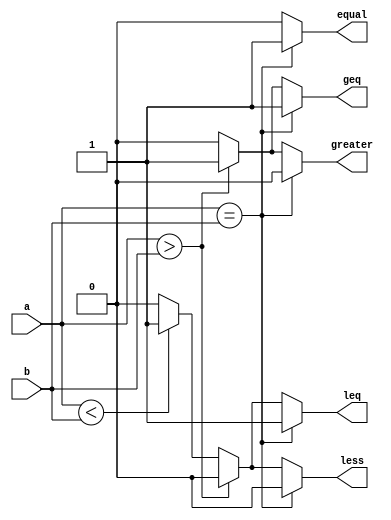
module ParameterizedComparator #(
    parameter WIDTH = 8 // Default bit-width
)(
    input  [WIDTH-1:0] a, // First input
    input  [WIDTH-1:0] b, // Second input
    output reg equal,      // Equality output
    output reg greater,    // Greater than output
    output reg less,       // Less than output
    output reg geq,        // Greater than or equal to output
    output reg leq         // Less than or equal to output
);

always @(*) begin
    // Initialize outputs
    equal = 0;
    greater = 0;
    less = 0;
    geq = 0;
    leq = 0;

    // Perform comparisons
    if (a == b) begin
        equal = 1;
        geq = 1; // Since a == b, it is also greater than or equal
        leq = 1; // Since a == b, it is also less than or equal
    end else if (a > b) begin
        greater = 1;
        geq = 1; // Greater than means greater than or equal
    end else if (a < b) begin
        less = 1;
        leq = 1; // Less than means less than or equal
    end
end

endmodule